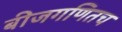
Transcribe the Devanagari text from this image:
बीजगणितच